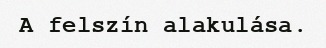
A felszín alakulása.